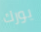
يورك